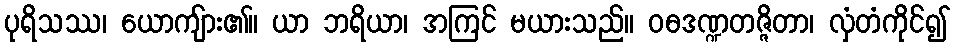
ပုရိသဿ၊ ယောကျ်ား၏။ ယာ ဘရိယာ၊ အကြင် မယားသည်။ ဝဓဒဏ္ဍတဇ္ဇိတာ၊ လှံတံကိုင်၍